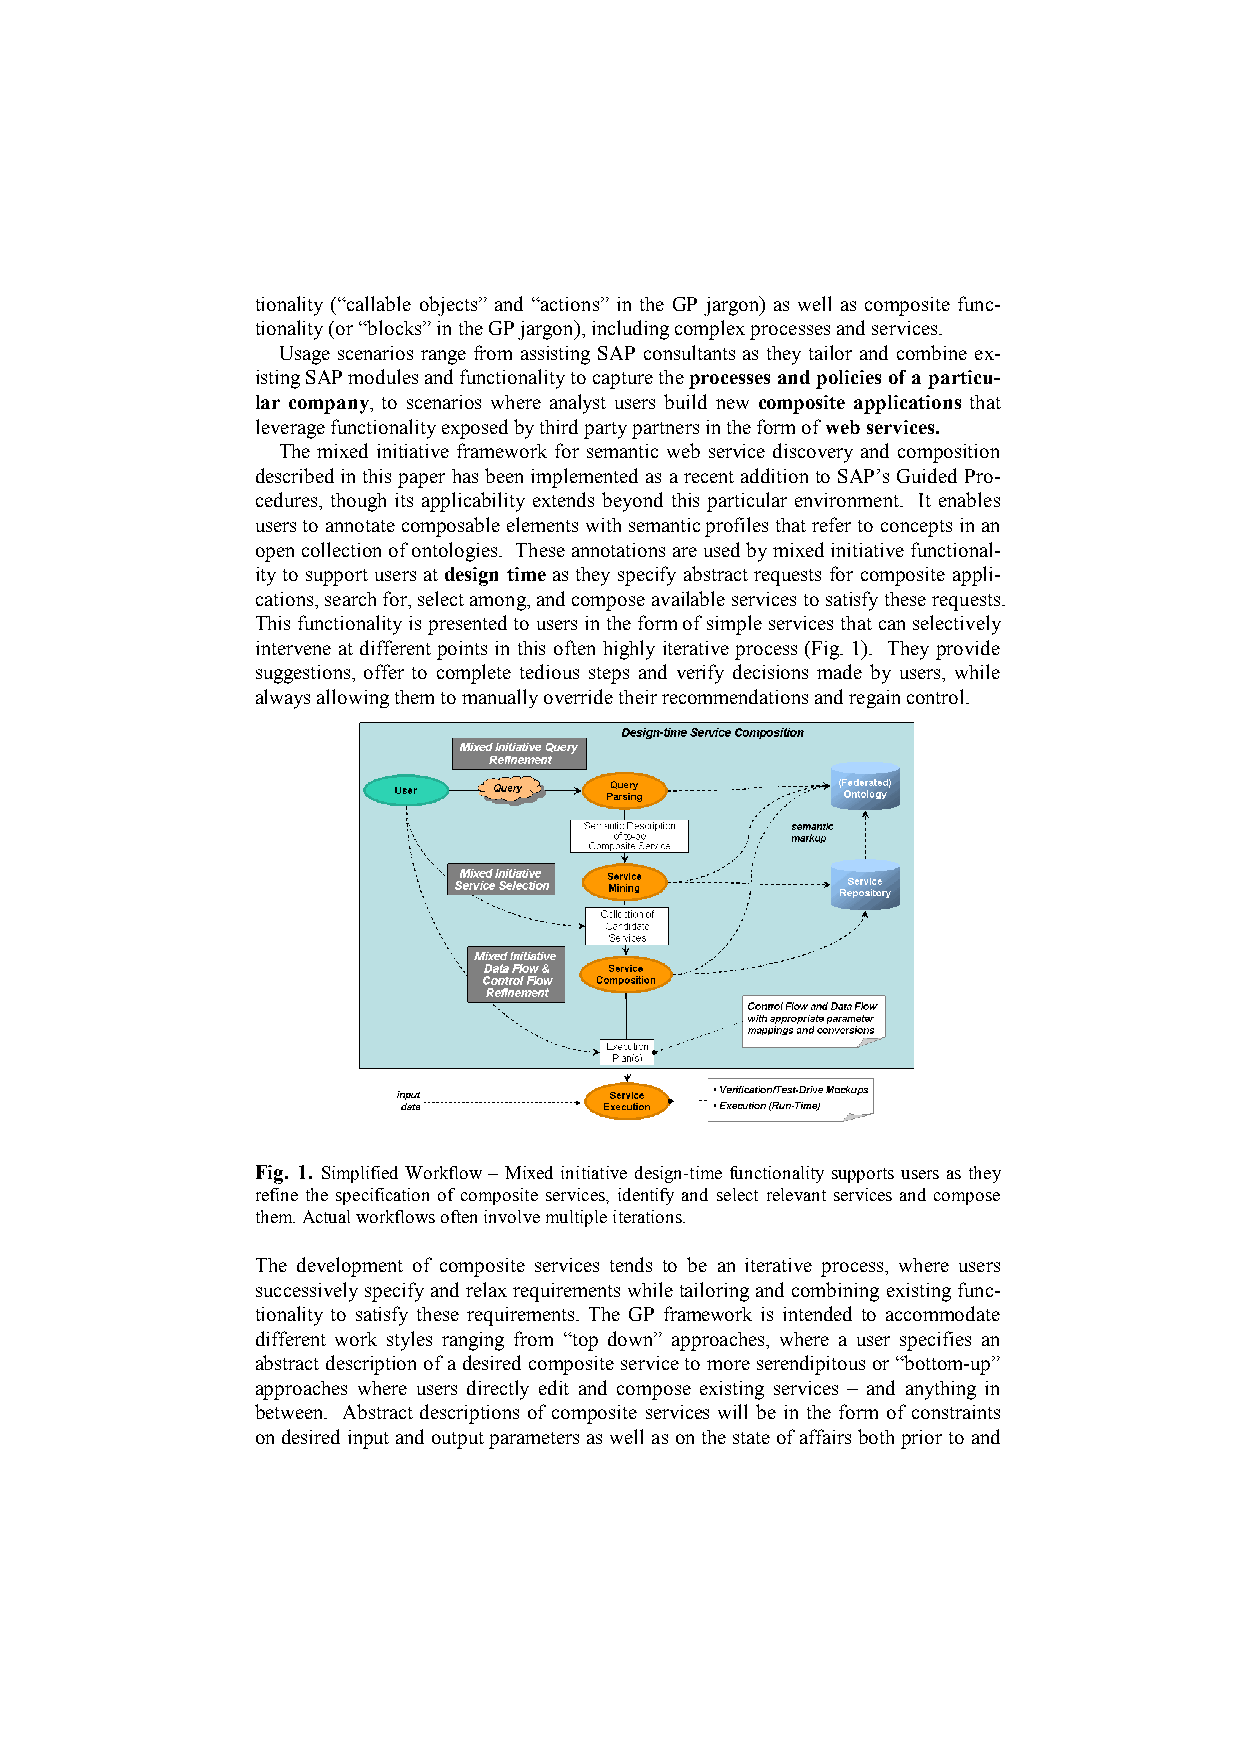
tionality (“callable objects” and “actions” in the GP jargon) as well as composite func-
 tionality (or “blocks” in the GP jargon), including complex processes and services.
 Usage scenarios range from assisting SAP consultants as they tailor and combine ex-
 isting SAP modules and functionality to capture the processes and policies of a particu-
 lar company, to scenarios where analyst users build new composite applications that
 leverage functionality exposed by third party partners in the form of web services.
 The mixed initiative framework for semantic web service discovery and composition
 described in this paper has been implemented as a recent addition to SAP’s Guided Pro-
 cedures, though its applicability extends beyond this particular environment. It enables
 users to annotate composable elements with semantic profiles that refer to concepts in an
 open collection of ontologies. These annotations are used by mixed initiative functional-
 ity to support users at design time as they specify abstract requests for composite appli-
 cations, search for, select among, and compose available services to satisfy these requests.
 This functionality is presented to users in the form of simple services that can selectively
 intervene at different points in this often highly iterative process (Fig. 1). They provide
 suggestions, offer to complete tedious steps and verify decisions made by users, while
 always allowing them to manually override their recommendations and regain control.
 Fig. 1. Simplified Workflow – Mixed initiative design-time functionality supports users as they
 refine the specification of composite services, identify and select relevant services and compose
 them. Actual workflows often involve multiple iterations.
 The development of composite services tends to be an iterative process, where users
 successively specify and relax requirements while tailoring and combining existing func-
 tionality to satisfy these requirements. The GP framework is intended to accommodate
 different work styles ranging from “top down” approaches, where a user specifies an
 abstract description of a desired composite service to more serendipitous or “bottom-up”
 approaches where users directly edit and compose existing services – and anything in
 between. Abstract descriptions of composite services will be in the form of constraints
 on desired input and output parameters as well as on the state of affairs both prior to and